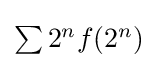
{\textstyle \sum 2^{n}f(2^{n})}